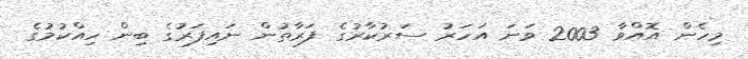
މިހެން އޮއްވާ 2003 ވަނަ އަހަރު ސަރުކާރުގެ ފަރާތުން ނައިފަރުގެ ބިން ހިއްކުމުގެ